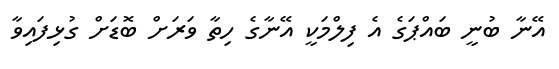
އޭނާ ބުނީ ބައްޕަގެ އެ ފިލްމަކީ އޭނާގެ ހިތާ ވަރަށް ބޮޑަށް ގުޅިފައިވާ